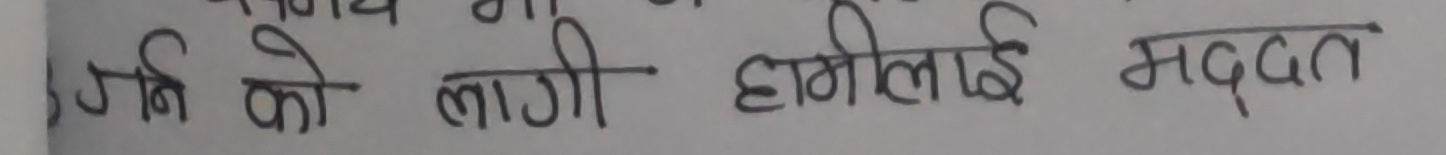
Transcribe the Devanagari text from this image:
गर्न को लागी हामीलाई मदत